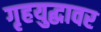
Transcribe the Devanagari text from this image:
गृहयुद्धावर